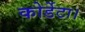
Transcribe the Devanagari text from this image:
कोर्डेटा।